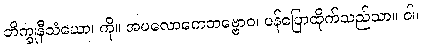
ဘိက္ခုနီသံဃော၊ ကို။ အပလောကေတဗ္ဗောဝ၊ ပန်ပြောထိုက်သည်သာ။ ဝါ၊